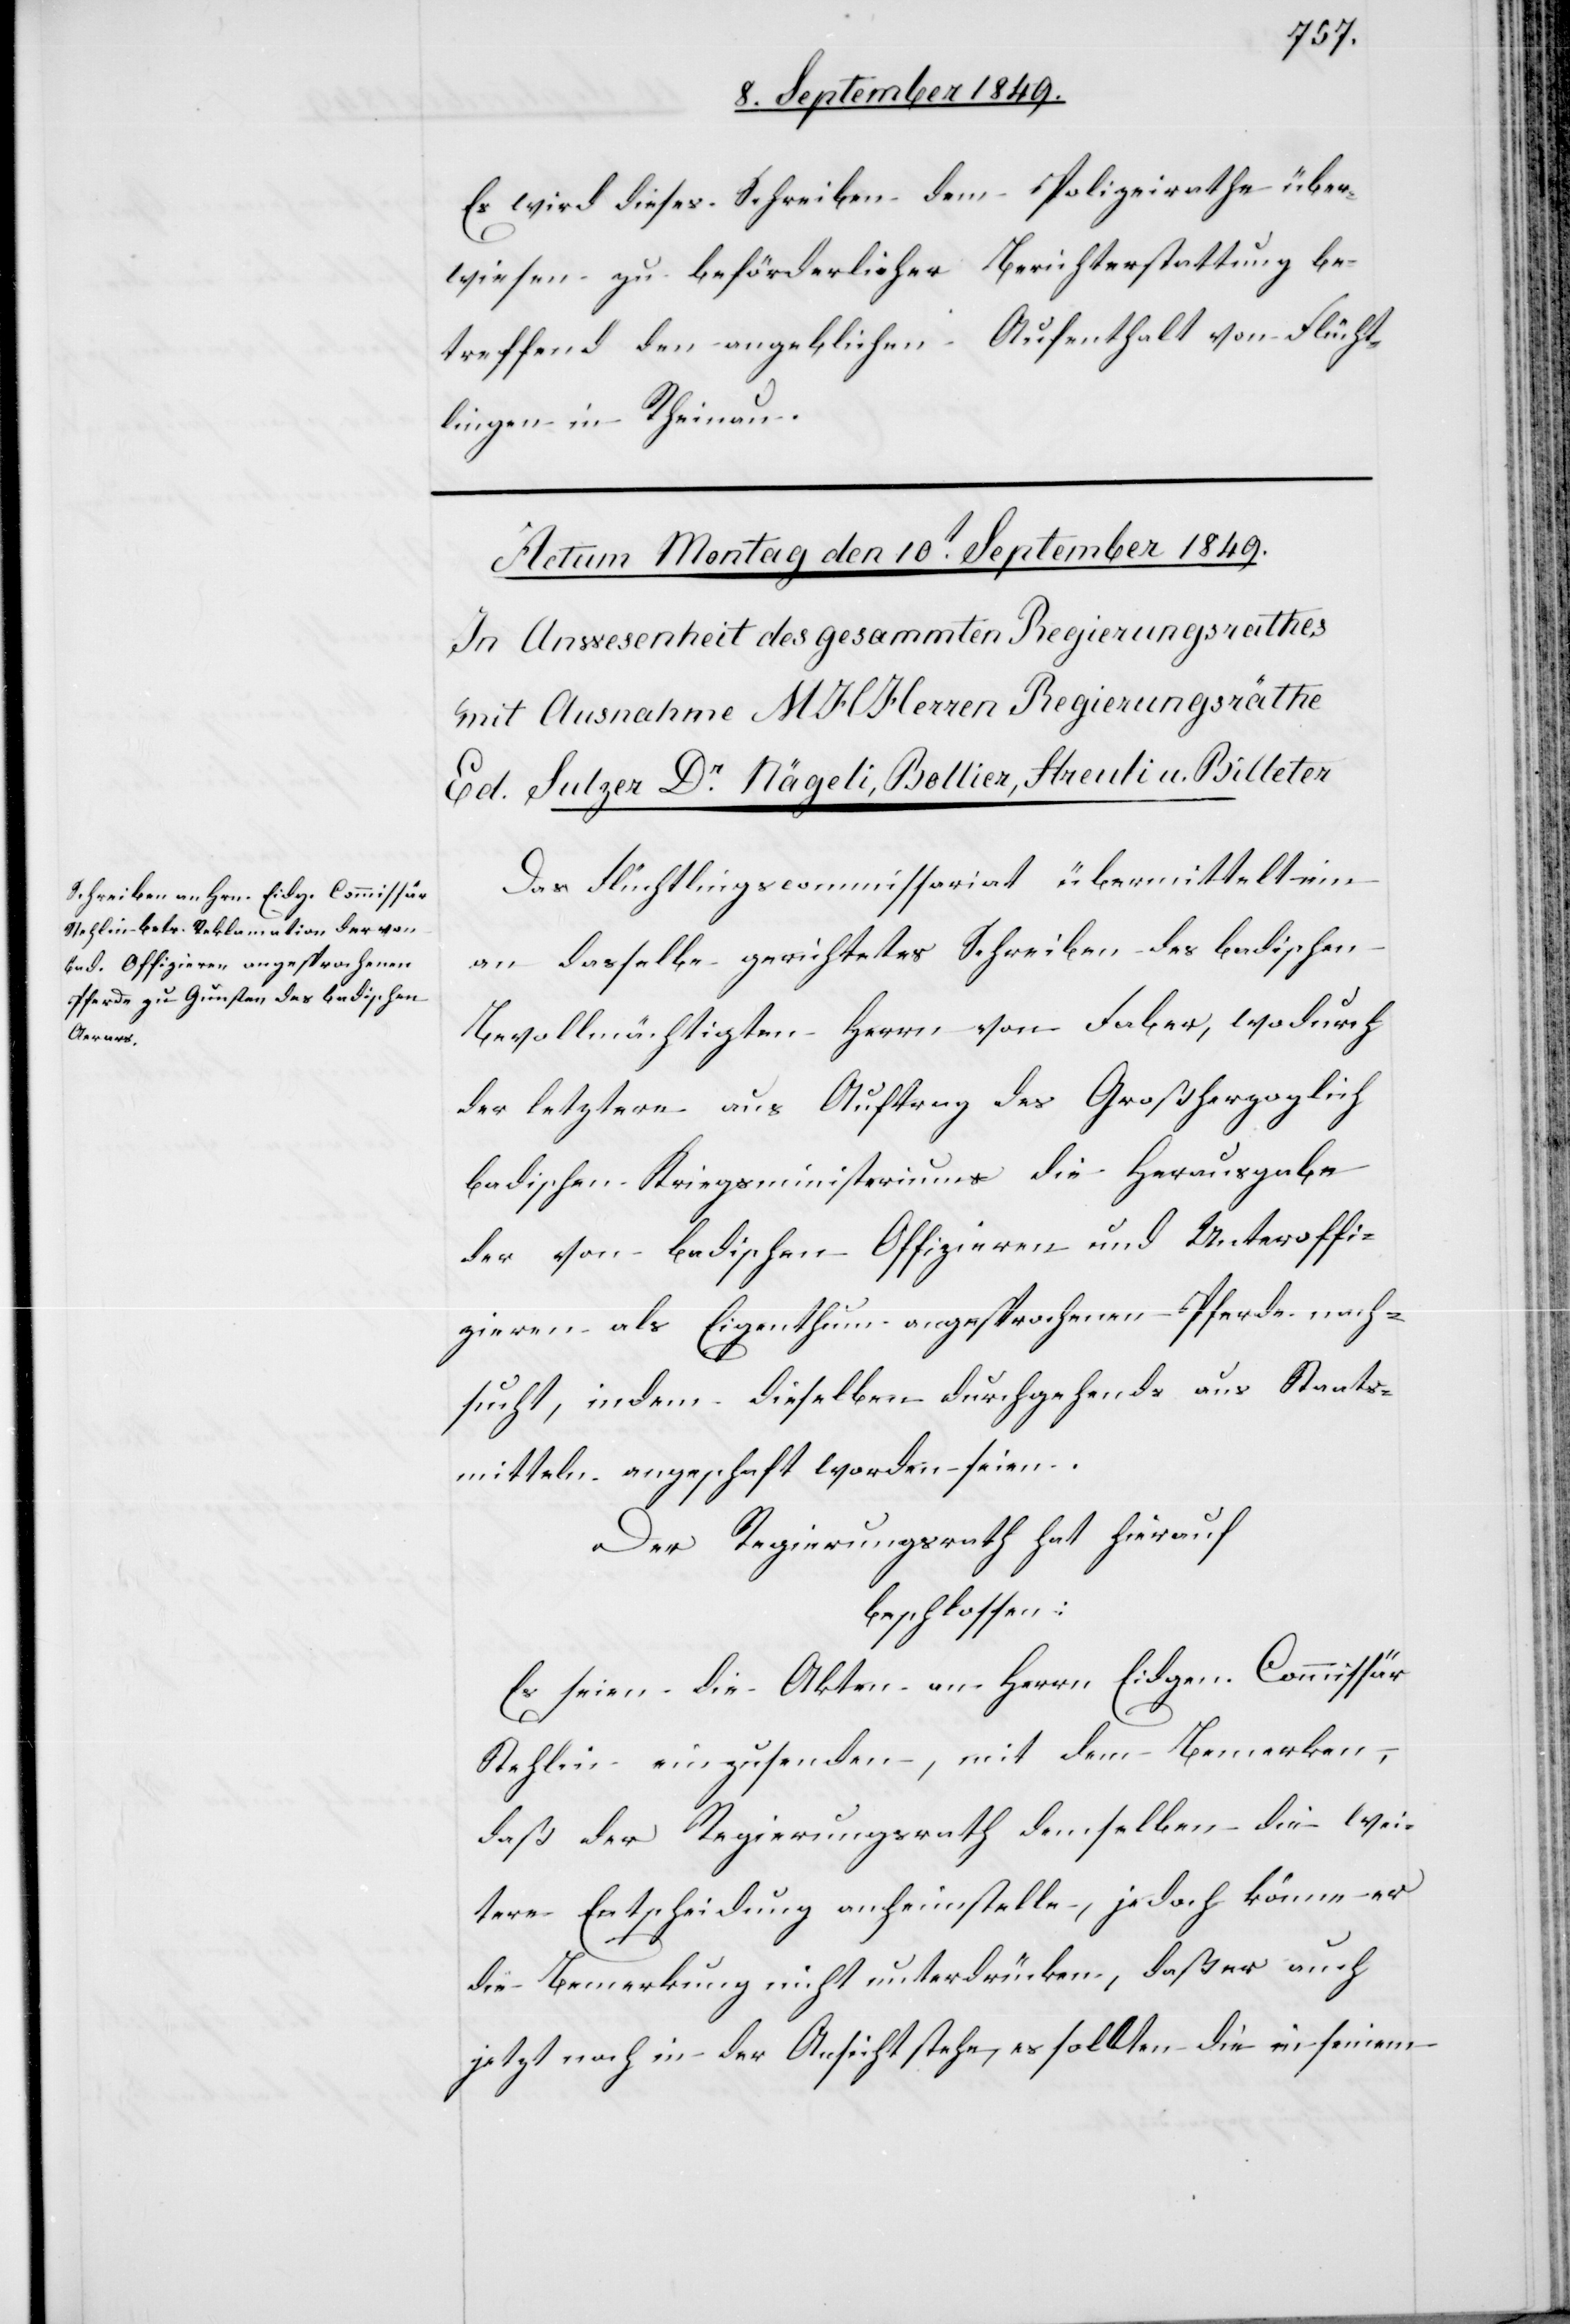
Es wird dieses Schreiben dem Polizeirathe über¬
wiesen zu beförderlicher Berichterstattung be¬
treffend den angeblichen Aufenthalt von Flücht¬
lingen in Rheinau.
Das Flüchtlingscommissariat übermittelt ein
an dasselbe gerichtetes Schreiben des badischen
Bevollmächtigten Herrn von Faber, wodurch
der letztere aus Auftrag des Großherzoglich
badischen Kriegsministeriums die Herausgabe
der von badischen Offizieren und Unteroffi¬
zieren als Eigenthum angesprochenen Pferde nach¬
sucht, indem dieselben durchgehends aus Staats¬
mitteln angeschafft worden seien.
Der Regierungsrath hat hierauf
beschlossen:
Es seien die Akten an Herrn Eidgen. Commissär
Stehlin einzusenden, mit dem Bemerken,
daß der Regierungsrath demselben die wei¬
tere Entscheidung anheimstelle, jedoch könne er
die Bemerkung nicht unterdrücken, daß er auch
jetzt noch in der Ansicht stehe, es sollten die in seinem